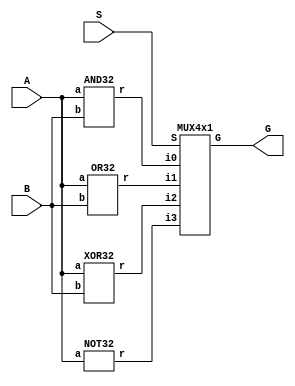
`timescale 1ns / 1ps

module Logic_Circuit
#(parameter WIDTH = 32)(
    input [WIDTH-1:0] A,
    input [WIDTH-1:0] B,
    input [1:0] S,
    output [WIDTH-1:0] G
    );
    
    wire [WIDTH-1:0] and_out,or_out,xor_out,not_out;
  
    AND32 AND_Gate (.a(A), .b(B), .r(and_out));
    OR32 OR_Gate (.a(A), .b(B), .r(or_out));  
    XOR32 XOR_Gate (.a(A), .b(B), .r(xor_out));
    NOT32 NOT_Gate (.a(A), .r(not_out));
    
    MUX4x1 mux(.i0(and_out),.i1(or_out),.i2(xor_out),.i3(not_out),.S(S),.G(G));
     
endmodule

module AND32
#(parameter WIDTH = 32)(
    input [WIDTH-1:0] a,
    input [WIDTH-1:0] b,
    output [WIDTH-1:0] r
    );
    
    assign r = a & b;
    
endmodule

module OR32
#(parameter WIDTH = 32)(
    input [WIDTH-1:0]  a,
    input [WIDTH-1:0] b,
    output [WIDTH-1:0] r
    );
    assign r = a | b;
endmodule

module XOR32
#(parameter WIDTH = 32)(
    input [WIDTH-1:0]  a,
    input [WIDTH-1:0] b,
    output [WIDTH-1:0] r
    );
    assign r = a ^ b;
endmodule

module NOT32
#(parameter WIDTH = 32)(
    input [WIDTH-1:0] a,
    output [WIDTH-1:0] r
    );
    assign r = ~a;
endmodule

module MUX4x1
#(parameter WIDTH = 32)(
    input [WIDTH-1:0] i0,
    input [WIDTH-1:0] i1,
    input [WIDTH-1:0] i2,
    input [WIDTH-1:0] i3,
    input [1:0] S,
    output reg [WIDTH-1:0] G
    );
    
    always @(*)
          case (S)
             2'b00: G = i0;
             2'b01: G = i1;
             2'b10: G = i2;
             2'b11: G = i3;
          endcase
    
    endmodule